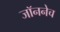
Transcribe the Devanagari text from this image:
जॉननेच